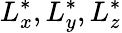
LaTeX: L_{x}^{*},L_{y}^{*},L_{z}^{*}